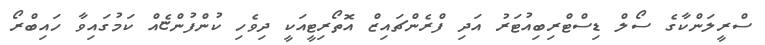
ސްރީލަންކާގެ ސޯލް ޑިސްޓްރިބިއުޓަރު އަދި ފްރެންޗައިޒް އޮތޯރިޓީއަކީ ދިވެހި ކުންފުންޏެއް ކަމުގައިވާ ހައިބްރޯ